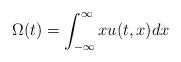
LaTeX: \begin{align*}\Omega(t)=\int_{-\infty}^{\infty}xu(t,x)dx\end{align*}